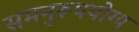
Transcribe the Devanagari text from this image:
समनुरूपयोग्य